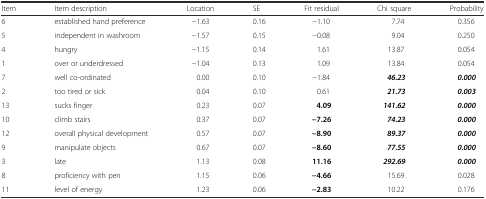
<table><thead><tr><td><b>Item</b></td><td><b>Item description</b></td><td><b>Location</b></td><td><b>SE</b></td><td><b>Fit residual</b></td><td><b>Chi square</b></td><td><b>Probability</b></td></tr></thead><tbody><tr><td>6</td><td>established hand preference</td><td>−1.63</td><td>0.16</td><td>−1.10</td><td>7.74</td><td>0.356</td></tr><tr><td>5</td><td>independent in washroom</td><td>−1.57</td><td>0.15</td><td>−0.08</td><td>9.04</td><td>0.250</td></tr><tr><td>4</td><td>hungry</td><td>−1.15</td><td>0.14</td><td>1.61</td><td>13.87</td><td>0.054</td></tr><tr><td>1</td><td>over or underdressed</td><td>−1.04</td><td>0.13</td><td>1.09</td><td>13.84</td><td>0.054</td></tr><tr><td>7</td><td>well co-ordinated</td><td>0.00</td><td>0.10</td><td>−1.84</td><td><b><i>46.23</i></b></td><td><b><i>0.000</i></b></td></tr><tr><td>2</td><td>too tired or sick</td><td>0.04</td><td>0.10</td><td>0.61</td><td><b><i>21.73</i></b></td><td><b><i>0.003</i></b></td></tr><tr><td>13</td><td>sucks finger</td><td>0.23</td><td>0.07</td><td><b>4.09</b></td><td><b><i>141.62</i></b></td><td><b><i>0.000</i></b></td></tr><tr><td>10</td><td>climb stairs</td><td>0.37</td><td>0.07</td><td><b>−7.26</b></td><td><b><i>74.23</i></b></td><td><b><i>0.000</i></b></td></tr><tr><td>12</td><td>overall physical development</td><td>0.57</td><td>0.07</td><td><b>−8.90</b></td><td><b><i>89.37</i></b></td><td><b><i>0.000</i></b></td></tr><tr><td>9</td><td>manipulate objects</td><td>0.67</td><td>0.07</td><td><b>−8.60</b></td><td><b><i>77.55</i></b></td><td><b><i>0.000</i></b></td></tr><tr><td>3</td><td>late</td><td>1.13</td><td>0.08</td><td><b>11.16</b></td><td><b><i>292.69</i></b></td><td><b><i>0.000</i></b></td></tr><tr><td>8</td><td>proficiency with pen</td><td>1.15</td><td>0.06</td><td><b>−4.66</b></td><td>15.69</td><td>0.028</td></tr><tr><td>11</td><td>level of energy</td><td>1.23</td><td>0.06</td><td><b>−2.83</b></td><td>10.22</td><td>0.176</td></tr></tbody></table>